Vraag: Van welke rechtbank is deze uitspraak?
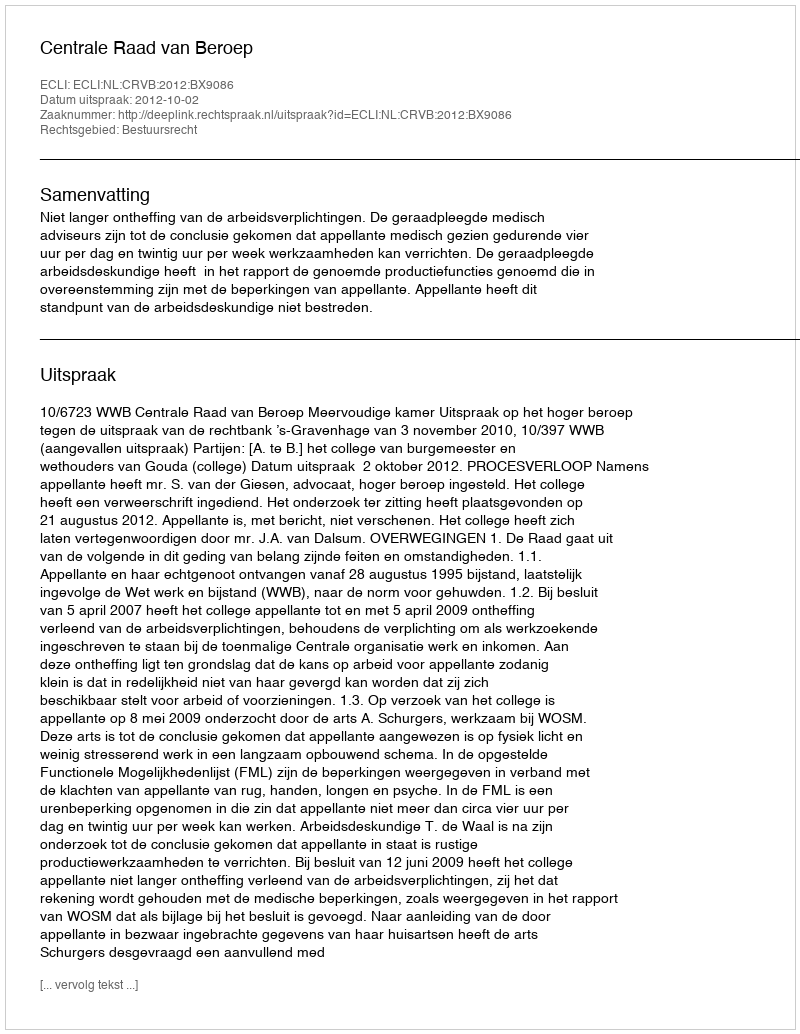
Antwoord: Centrale Raad van Beroep